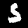
Digit: 5